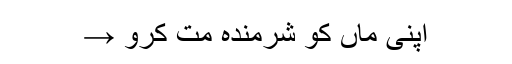
اپنی ماں کو شرمندہ مت کرو →